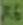
Text: X6